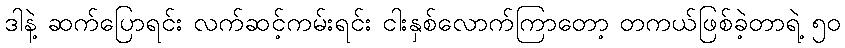
ဒါနဲ့ ဆက်ပြောရင်း လက်ဆင့်ကမ်းရင်း ငါးနှစ်လောက်ကြာတော့ တကယ်ဖြစ်ခဲ့တာရဲ့ ၅၀